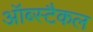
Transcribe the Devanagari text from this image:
ऑब्स्टैकल